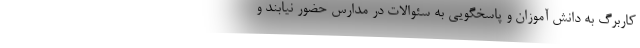
کاربرگ به دانش آموزان و پاسخگویی به سئوالات در مدارس حضور نیابند و